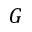
G